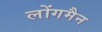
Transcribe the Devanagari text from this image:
लोंगमैन